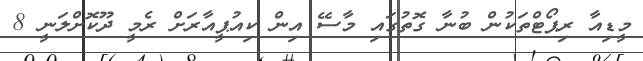
މީޑިއާ ރިޕޯޓްތަކުން ބުނާ ގޮތުގައި މާސޭ އިން ކިއުޕީއާރަށް ރެމީ ދޫކޮށްލަނީ 8